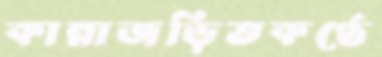
কান্নাজড়িতকণ্ঠে